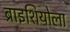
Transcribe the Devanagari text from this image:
ब्राइशियोला